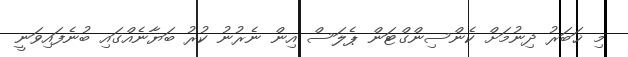
މި ޚަބަރު ދިނުމަށް ކެންސިންގްޓަން ޕެލަސް އިން ނެރުނު ކުރު ބަޔާނެއްގައި ބުނެފައިވަނީ